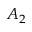
A _ { 2 }